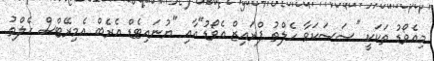
މިއެވޯޑު ތަކަކީ "ސަސަކަވާ ހެލްތު ޕްރައިޒް އެވޯޑު"އާއި "ޔުނައިޓެޑް އެރެބް އެމިރޭޓްސް ހެލްތު